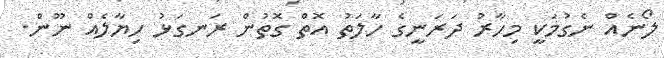
ލޯނެއް ނެގުމަކީ މިހާރު ދަރަނީގެ ހާލަތު އޮތް ގޮތުން ރަނގަޅު ހިޔާލެއް ނޫން.